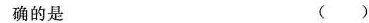
确的是 ()